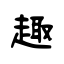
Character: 趣